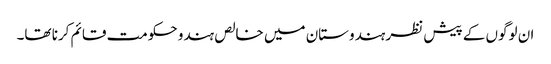
ان لوگوں کے پیش نظر ہندوستان میں خالص ہندو حکومت قائم کرنا تھا۔